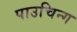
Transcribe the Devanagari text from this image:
पाउचिन्ग